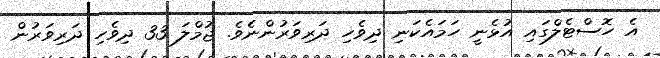
އެ ހޮސްޓެލްގައި އުޅެނީ ހަމައެކަނި ދިވެހި ދަރިވަރުންނެެވެ. ޖުމްލަ 33 ދިވެހި ދަރިވަރުން